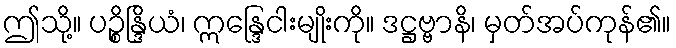
ဤသို့။ ပဉ္စိန္ဒြိယံ၊ ဣန္ဒြေငါးမျိုးကို။ ဒဋ္ဌဗ္ဗာနိ၊ မှတ်အပ်ကုန်၏။